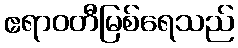
ဧရာဝတီမြစ်ရေသည်